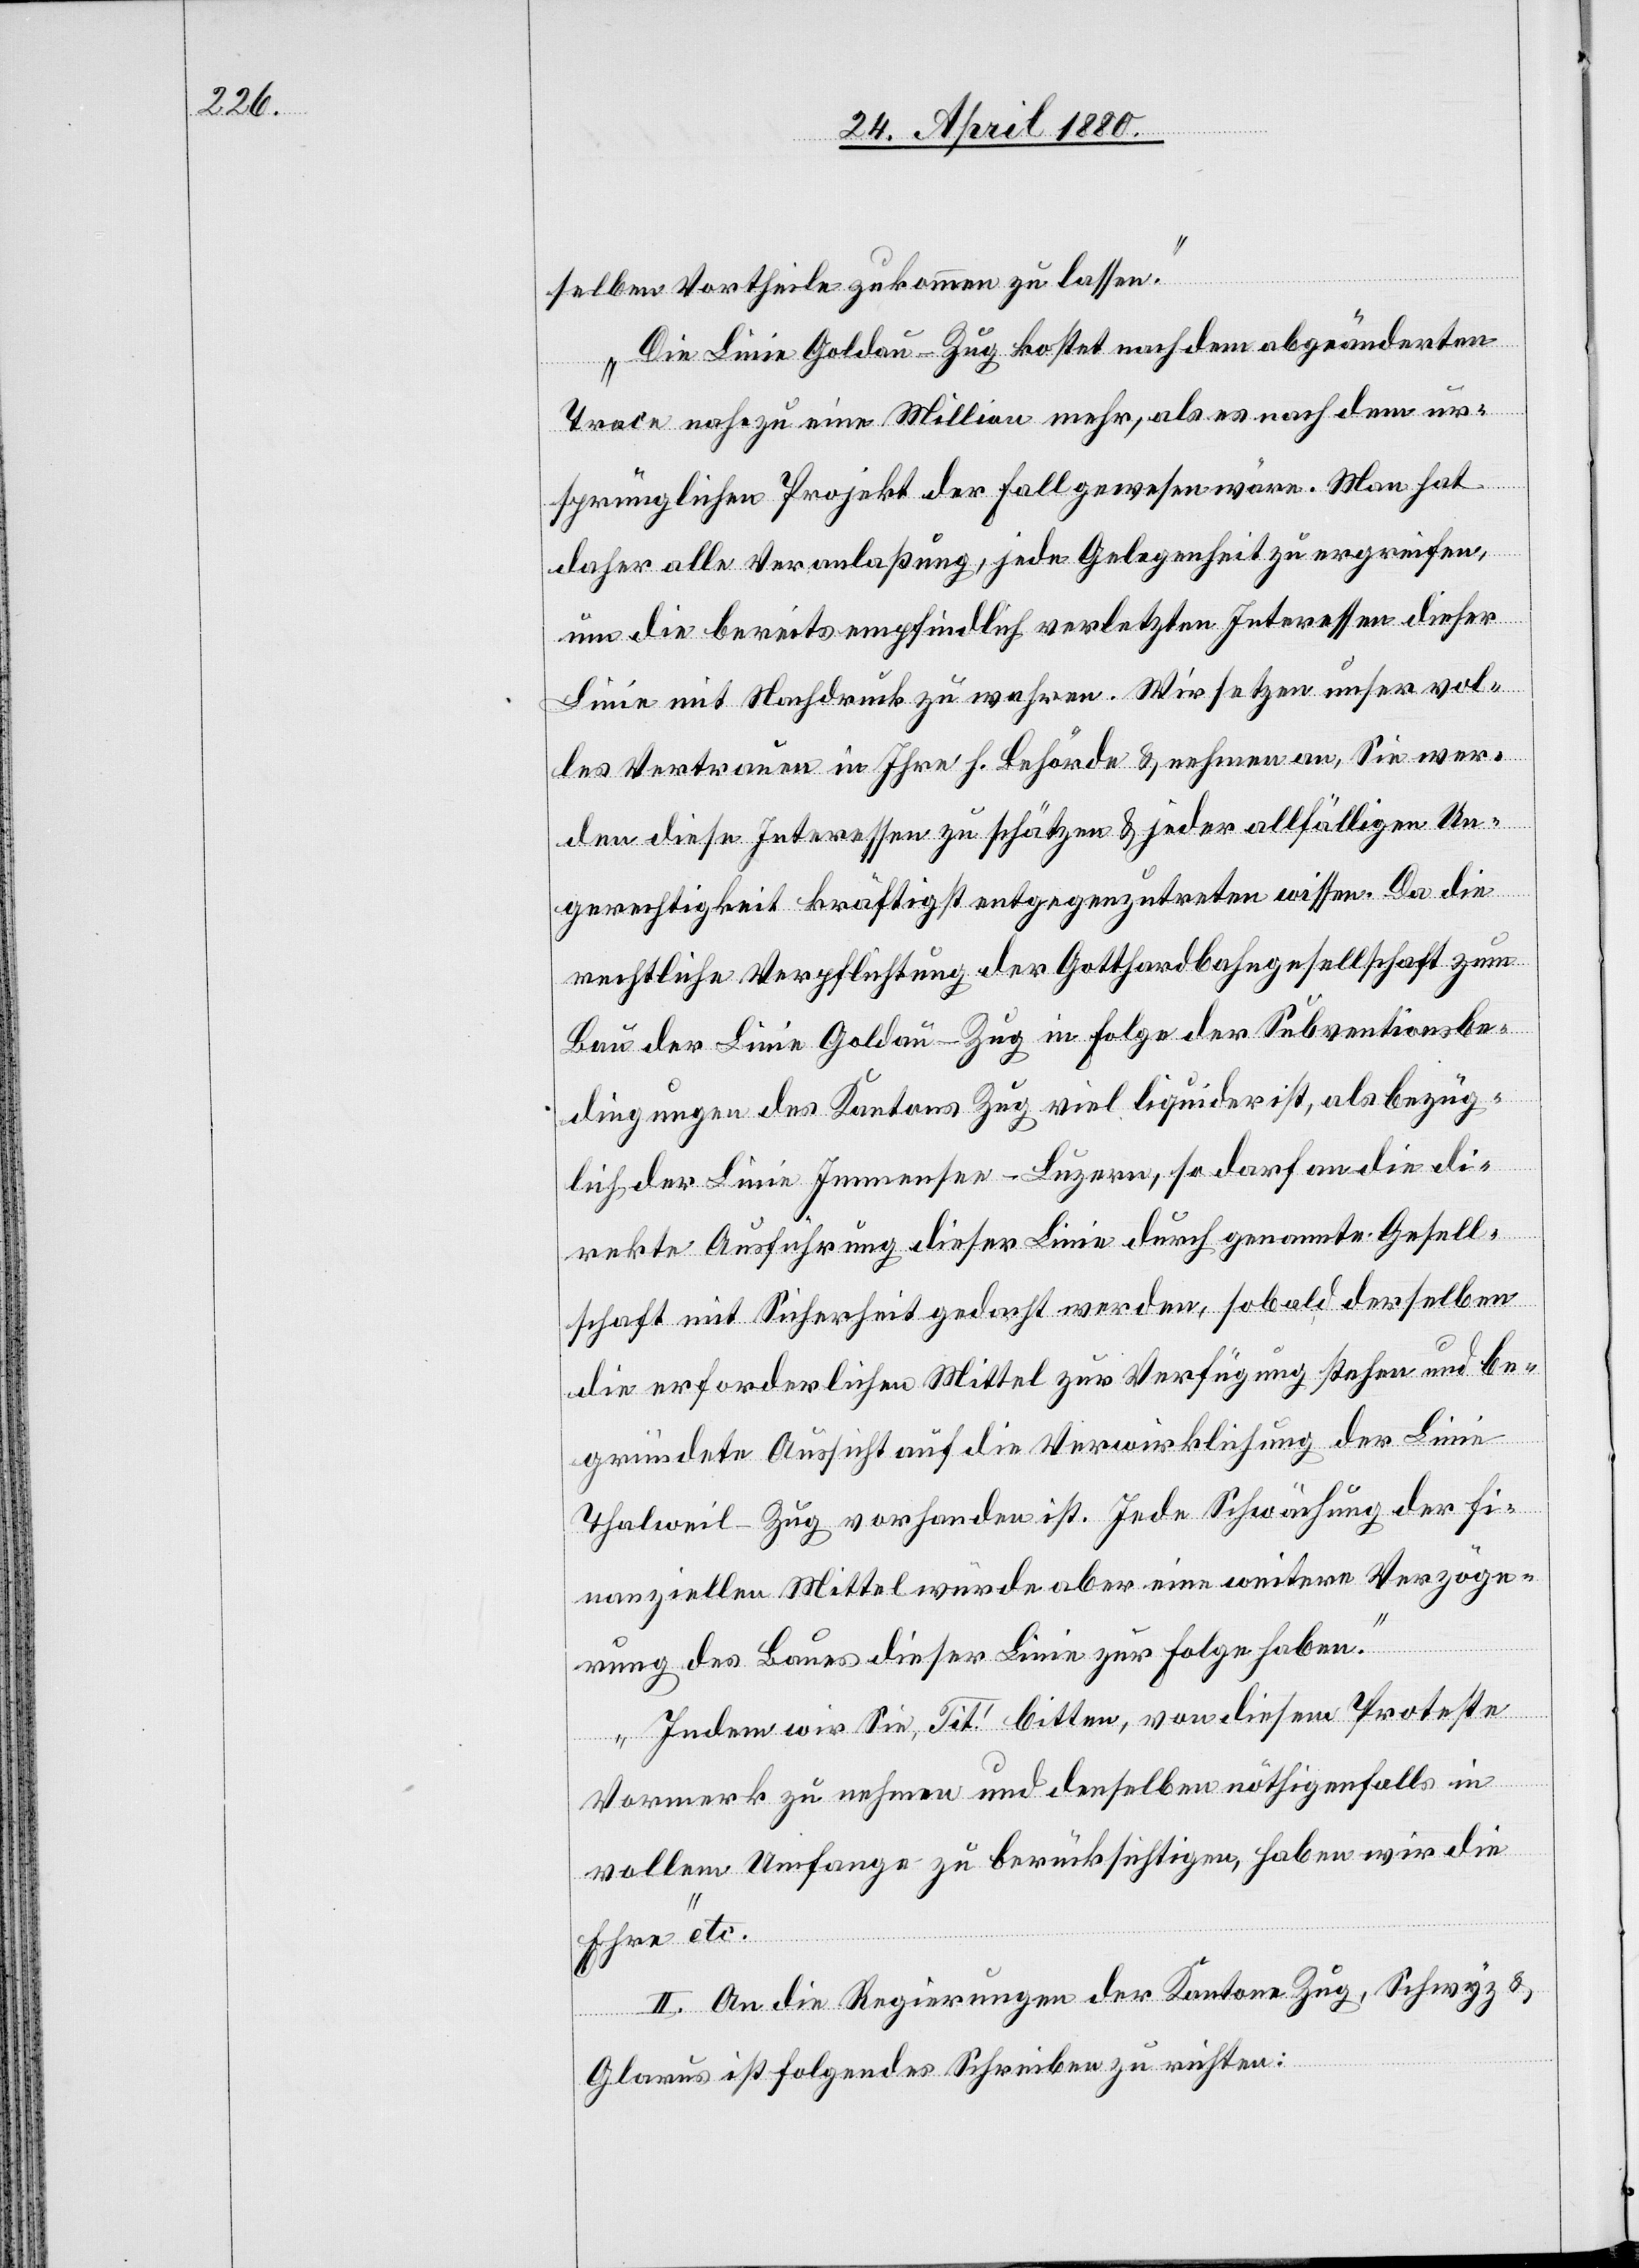
selben Vortheile zukommen zu lassen.
Die Linie Goldau–Zug kostet nach dem abgeänderten
Trace nahezu eine Million mehr, als es nach dem ur¬
sprünglichen Projekt der Fall gewesen wäre. Man hat
daher alle Veranlaßung, jede Gelegenheit zu ergreifen,
um die bereits empfindlich verletzten Interessen dieser
Linie mit Nachdruck zu wahren. Wir setzen unser vol¬
les Vertrauen in Ihre h. Behörde & nehmen an, Sie wer¬
den diese Interessen zu schätzen & jeder allfälligen Un¬
gerechtigkeit kräftig entgegenzutreten wissen. Da die
rechtliche Verpflichtung der Gotthardbahngesellschaft zum
Bau der Linie Goldau–Zug in Folge der Subventionsbe¬
dingungen des Kantons Zug viel liquider ist, als bezüg¬
lich der Linie Immensee–Luzern, so darf an die di¬
rekte Ausführung dieser Linie durch genannte Gesell¬
schaft mit Sicherheit gedacht werden, sobald derselben
die erforderlichen Mittel zur Verfügung stehen und be¬
gründete Aussicht auf die Verwirklichung der Linie
Thalweil–Zug vorhanden ist. Jede Schwächung der fi¬
nanziellen Mittel würde aber eine weitere Verzöge¬
rung des Baues dieser Linie zur Folge haben.
Indem wir Sie, Tit! bitten, von diesem Proteste
Vormerk zu nehmen und denselben nöthigenfalls in
vollem Umfange zu berücksichtigen, haben wir die
Ehre“ etc.
II. An die Regierungen der Kantone Zug, Schwyz &
Glarus ist folgendes Schreiben zu richten: